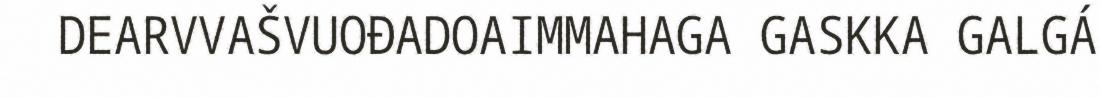
DEARVVAŠVUOĐADOAIMMAHAGA GASKKA GALGÁ